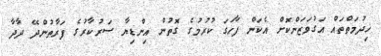
ޚިދުމަތްތައް އަގުވަޒަންކޮށް އެކަން ފާހަގަ ކުރުމުގެ ގޮތުން އިންޑިޔާ ސަރުކާރުގެ ފަރާތުންދޭ ދާދާ